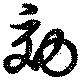
効